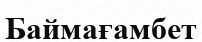
Баймағамбет